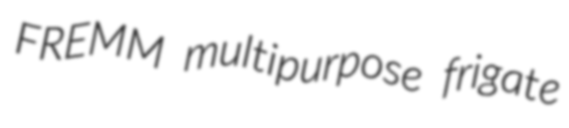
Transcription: FREMM multipurpose frigate